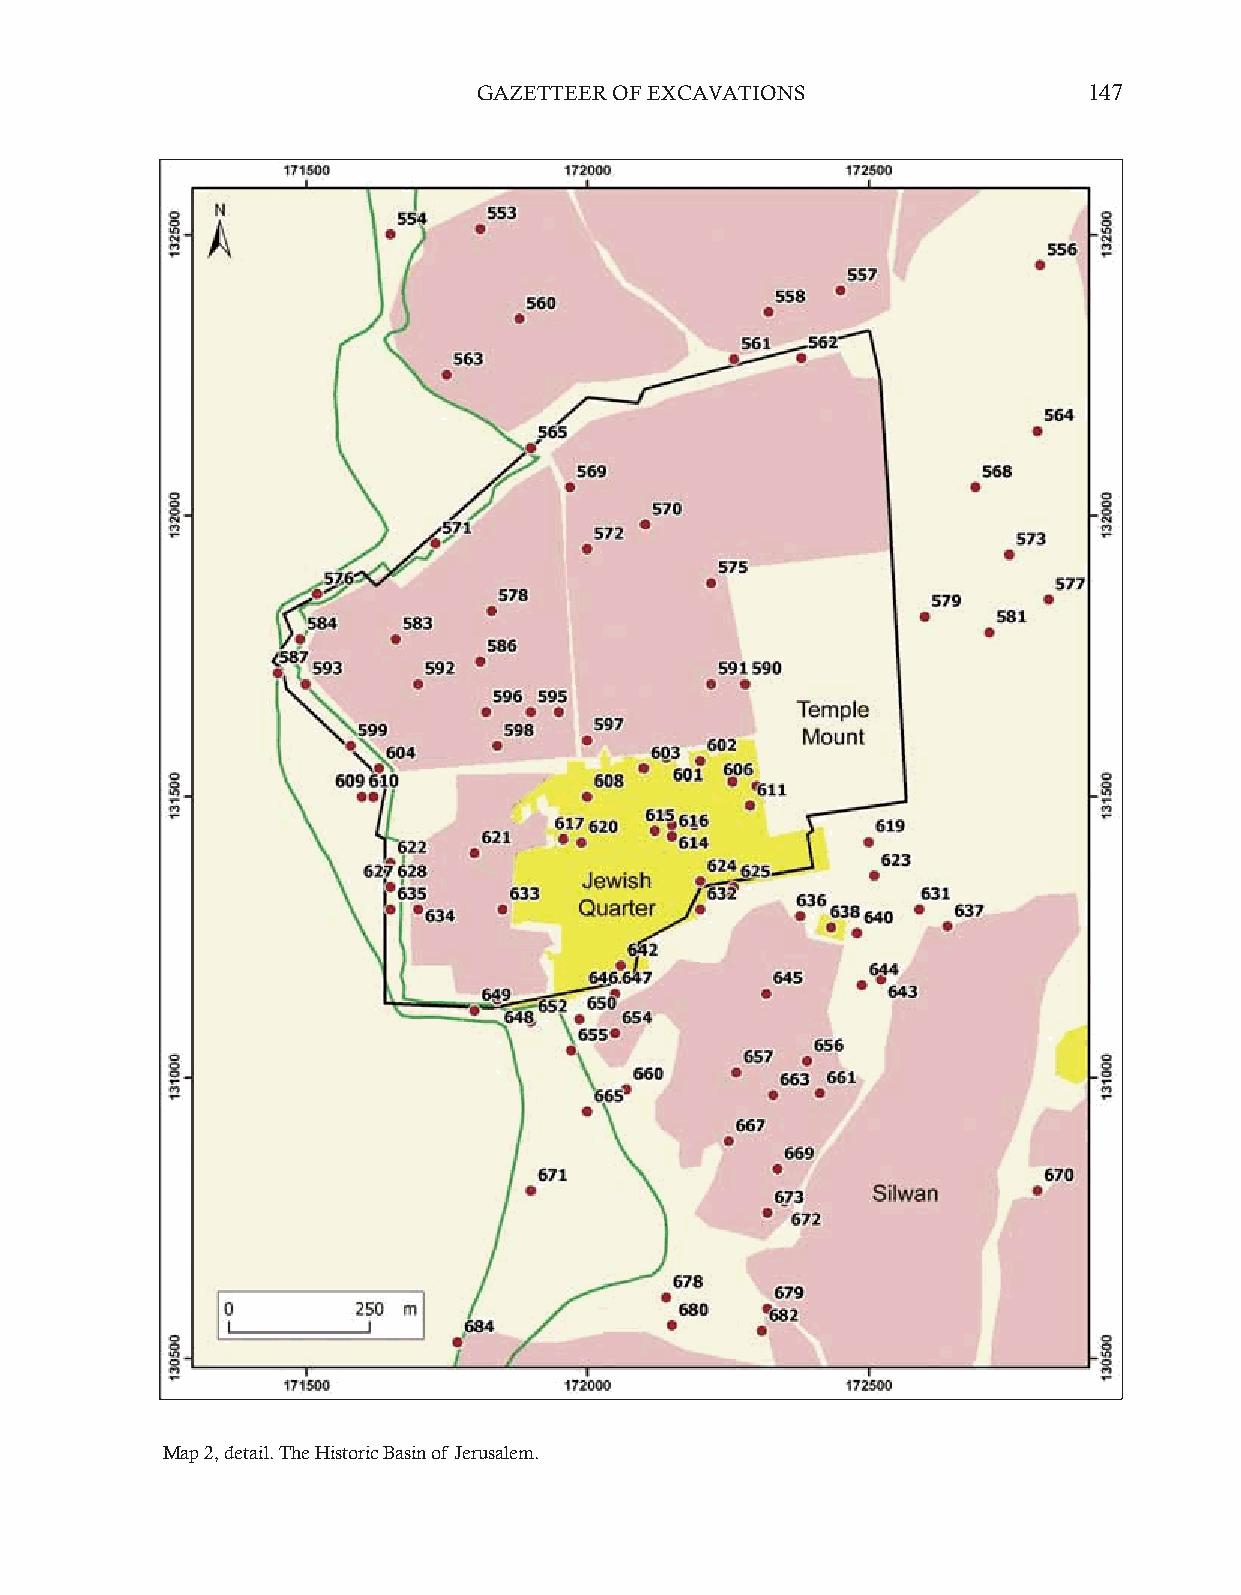
GAZETTEER OF EXCAVATIONS                147
 Map 2, detail. The Historic Basin of Jerusalem.